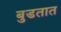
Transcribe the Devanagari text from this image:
बुडतात